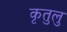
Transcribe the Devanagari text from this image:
कृतुलु